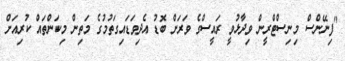
"ފިނޭންސް މިނިސްޓްރީން ވިދާޅުވީ ރައީސްގެ ވަރަށް ބޮޑު އެދިވަޑައިގަތުމުގެ މަތިން މިކަންތައް ކުރިއަށް